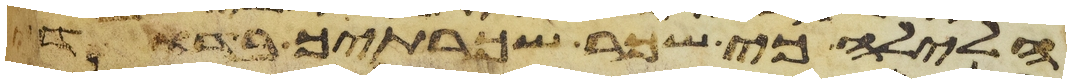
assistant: הלילה כי שכר שכרתיך בדודי